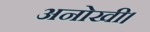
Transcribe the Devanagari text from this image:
अनोखी।